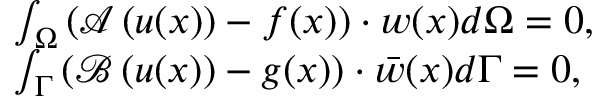
\begin{array} { r l } & { \int _ { \Omega } \left( \boldsymbol { \mathcal { A } } \left( \boldsymbol { u } ( \boldsymbol { x } ) \right) - \boldsymbol { f } ( \boldsymbol { x } ) \right) \cdot \boldsymbol { w } ( \boldsymbol { x } ) d \Omega = 0 , } \\ & { \int _ { \Gamma } \left( \boldsymbol { \mathcal { B } } \left( \boldsymbol { u } ( \boldsymbol { x } ) \right) - \boldsymbol { g } ( \boldsymbol { x } ) \right) \cdot \boldsymbol { \bar { w } } ( \boldsymbol { x } ) d \Gamma = 0 , } \end{array}